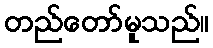
တည်တော်မူသည်။